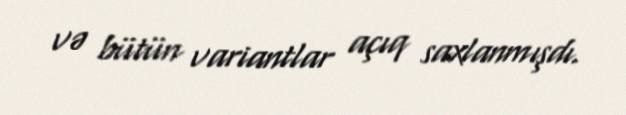
və bütün variantlar açıq saxlanmışdı.